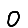
Digit: 0